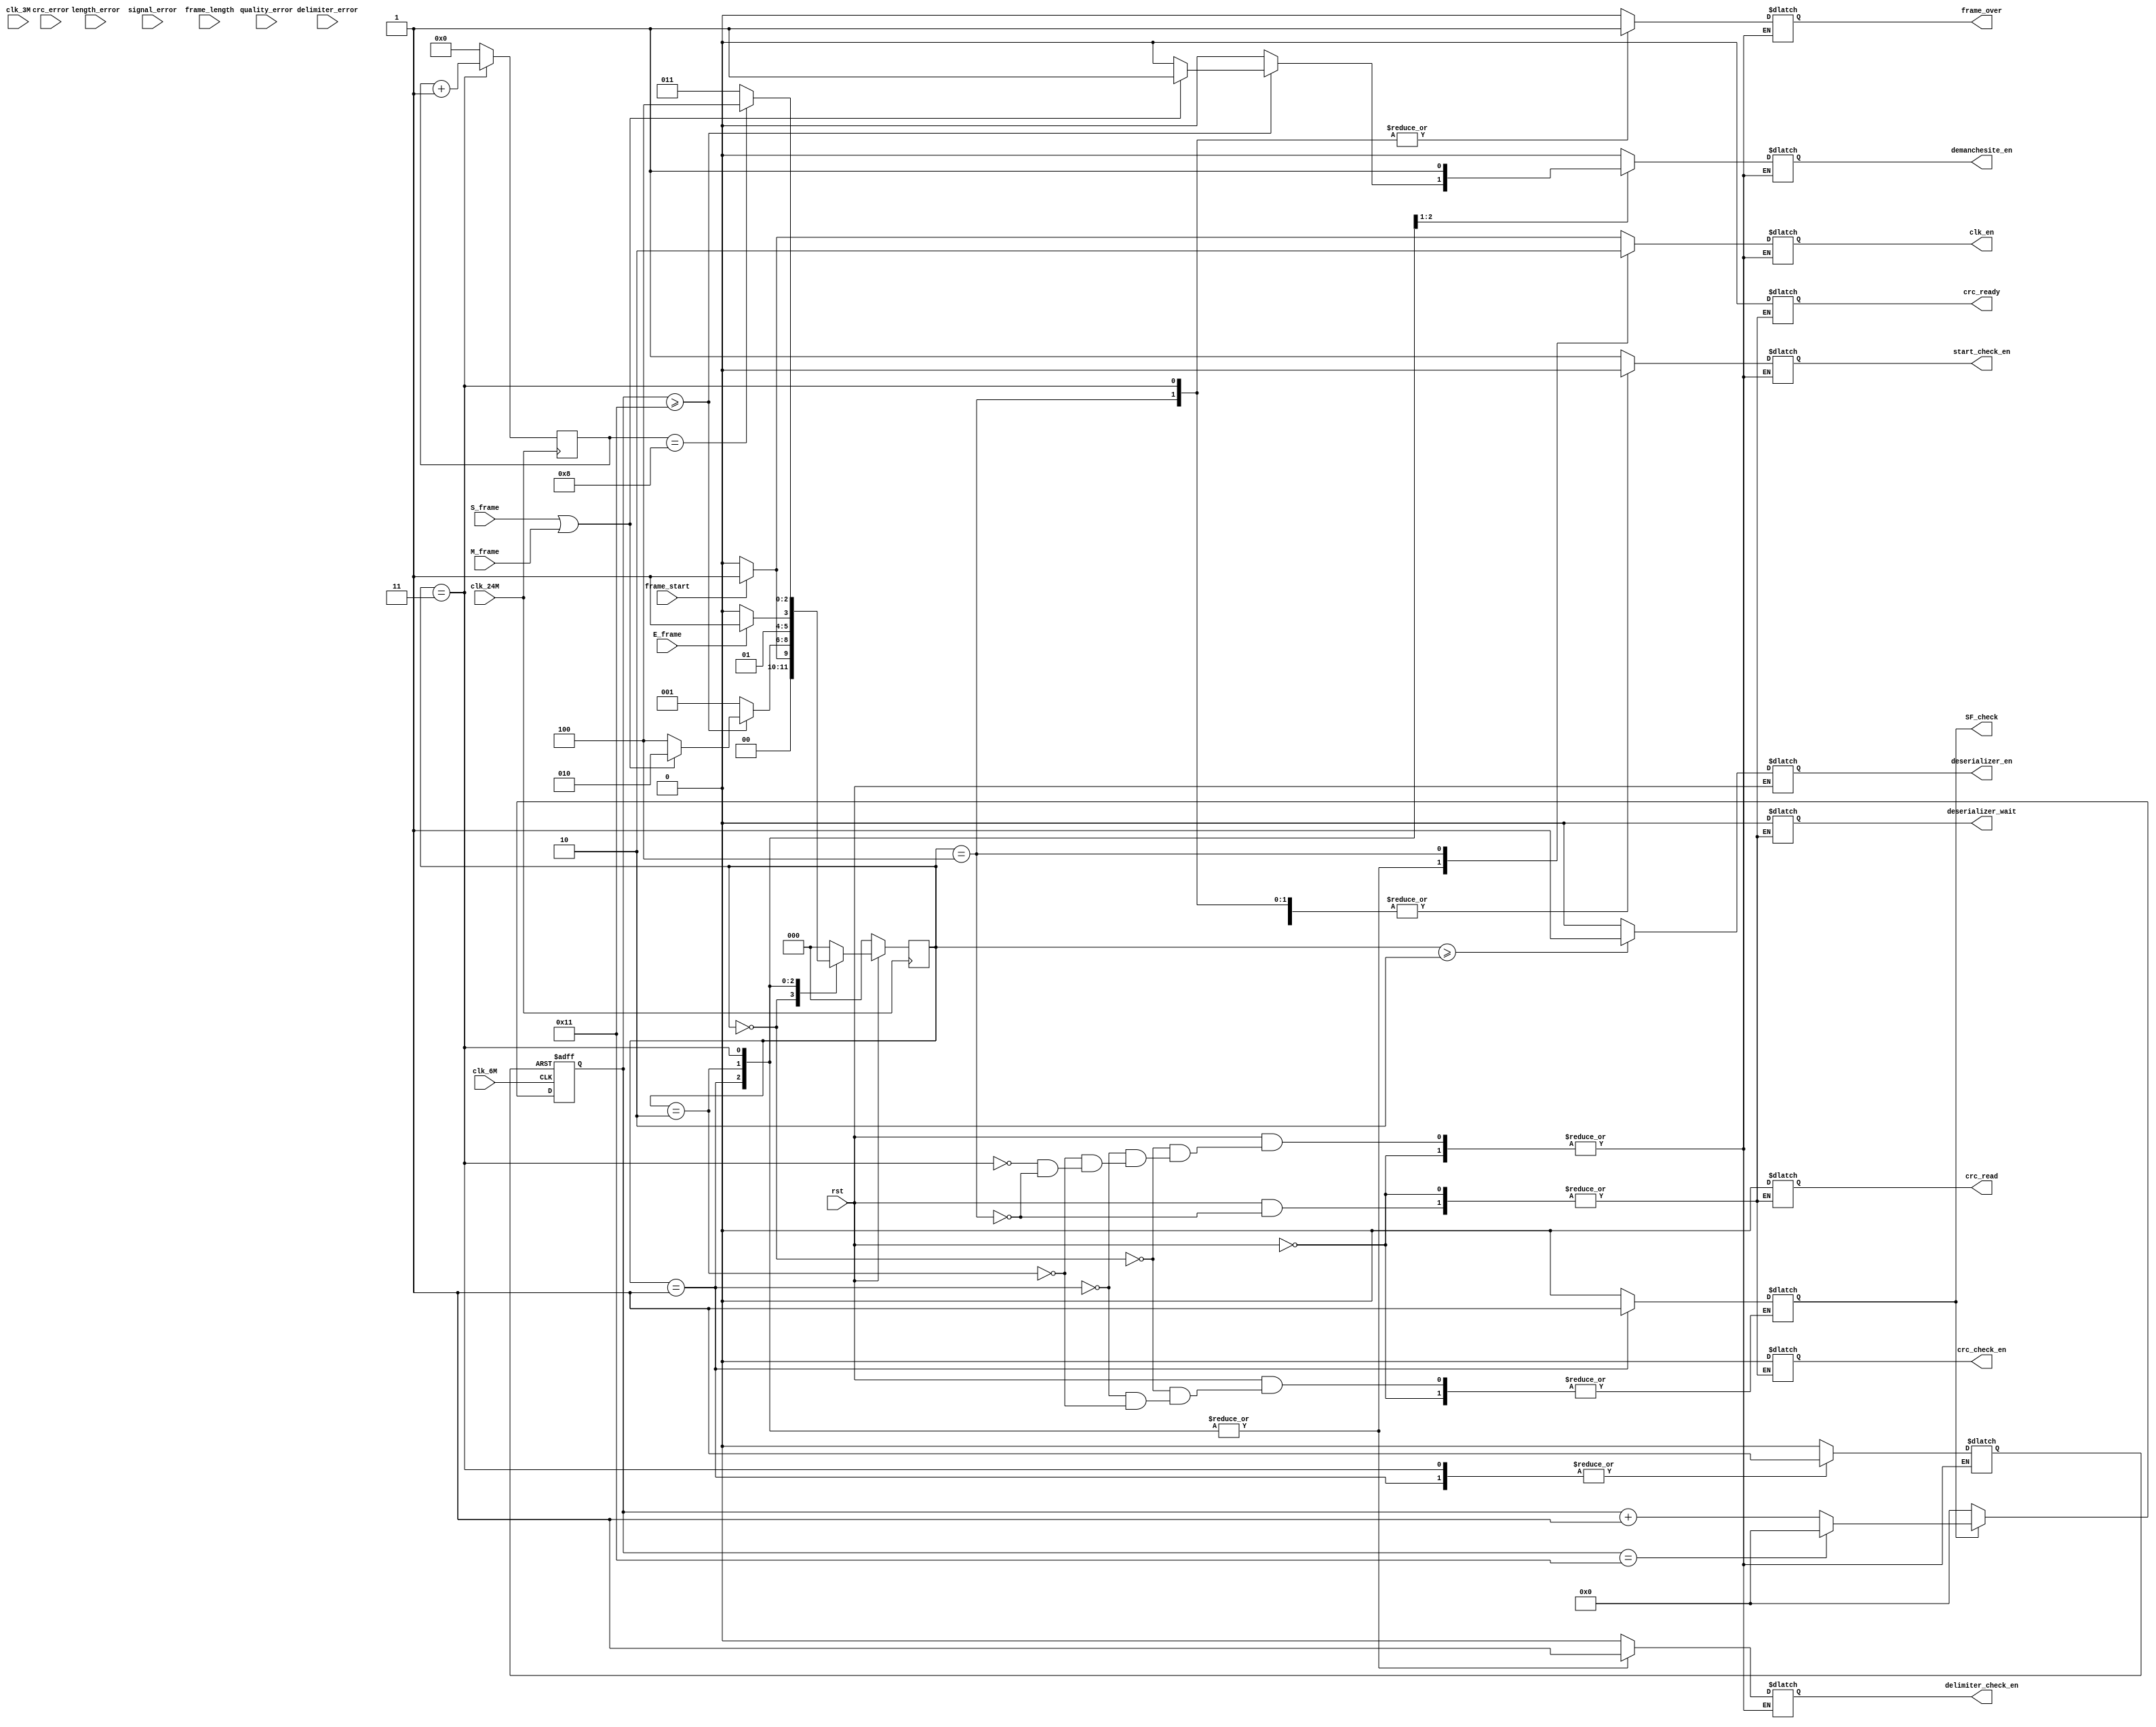
`timescale 1ns / 1ps
//////////////////////////////////////////////////////////////////////////////////
// Company: 
// Engineer: 
// 
// Design Name: 
// Module Name: decode_ctr
// Project Name: 
// Target Devices: 
// Tool Versions: 
// Description: 
// 
// Dependencies: 
// 
// Revision:
// Revision 0.01 - File Created
// Additional Comments:
// 
//////////////////////////////////////////////////////////////////////////////////


module decode_ctr(
            input           clk_24M,                //24M
            input           clk_6M,                 //6M
            input           clk_3M,                 //3M
            input           rst,                    //
            input           frame_start,            //
            input           S_frame,                //
            input           M_frame,                //
            input           E_frame,                //
            input           delimiter_error,        //
            input           crc_error,              //crc
            input           length_error,           //
            input           signal_error,           //
            input           quality_error,          //
            input [4:0]     frame_length,           //
				output  reg		 SF_check,
            output  reg     clk_en,                //
            output  reg     start_check_en,         //
            output  reg     delimiter_check_en,     //
            output  reg     deserializer_en,        //
            output  reg     deserializer_wait,      //
            output  reg     crc_ready,              //CRC
            output  reg     crc_read,               //CRC
            output  reg     crc_check_en,           //CRC
            output  reg     demanchesite_en,        //
            output  reg     frame_over              //
    );
    
    parameter IDEL=3'b000;                  //
    parameter CHECK_DELIMITER=3'b001;       //
    parameter GET_DATA=3'b010;              //
    parameter CHECK_END=3'b011;             //
    parameter END=3'b100;                   //
    
    reg[2:0]    current_state;
    reg[2:0]    next_state;
    reg[4:0]    frame_length_reg;
    reg         delimiter_count_en=1'b0;

    
    reg[4:0]    delimiter_counter=5'h0;
    reg[3:0]    crc_counter=4'h0;
	 reg[3:0]	 wait_counter;
    
    
    always @(posedge clk_6M or negedge delimiter_count_en)begin
        if(delimiter_count_en==1'b0)begin
            delimiter_counter<=5'h0;
        end else begin
            delimiter_counter<=delimiter_counter+1;
            if(SF_check==1'b0)begin
                    delimiter_counter<=5'h0;
            end else if(delimiter_counter==5'h11)begin
                delimiter_counter<=5'h0;
            end
        end
    end
    

    

    
	 always @(posedge clk_24M)begin
		if(current_state==CHECK_END)begin
			wait_counter<=wait_counter+1;
		end else begin
			wait_counter<=4'h0;
		end
	 end
	 
    always @(posedge clk_24M) begin
        if(rst==1'b0)begin
            current_state<=IDEL;
        end else begin
            current_state<=next_state;
        end
    end
    
    always @(posedge clk_24M)begin
        if(rst==1'b0) begin
            frame_length_reg<=4'h0;
        end else if(M_frame==1'b1)begin
            frame_length_reg<=4'h1;
        end else if(S_frame==1'b1)begin
            frame_length_reg<=frame_length;
        end else begin
            frame_length_reg<=frame_length_reg;
        end
    end
    

	 
    always @(*) begin
        if(rst==1'b0) begin
            next_state<=IDEL;
        end else begin
            case(current_state) 
                IDEL:   begin
                    start_check_en<=1'b1;
                    delimiter_check_en<=1'b0;
                    deserializer_en<=1'b0;
                    demanchesite_en<=1'b0;
                    delimiter_count_en<=1'b0;
						  SF_check<=1'b0;
                    frame_over<=1'b0;
                    clk_en<=1'b0;
                    if(frame_start==1'b1)begin
                        clk_en<=1'b1;
                        next_state<=CHECK_DELIMITER;
                    end else begin
                        next_state<=IDEL;
                    end
                end
                
                CHECK_DELIMITER:begin
                    start_check_en<=1'b0;
                    delimiter_check_en<=1'b1;
						  SF_check<=1'b1;
                    delimiter_count_en<=1'b1;
                    deserializer_en<=1'b0;
                    demanchesite_en<=1'b0;
                    frame_over<=1'b0;
                    clk_en<=1'b1;
                    if(delimiter_counter>=5'h11)begin
                        if(S_frame==1'b1||M_frame==1'b1)begin
                            demanchesite_en<=1'b1;
                            next_state<=GET_DATA;
                        end else if(delimiter_error==1'b1)begin
                            next_state<=END;
                        end else begin
                            next_state<=END;
                        end
                    end else begin
                        next_state<=CHECK_DELIMITER;
                    end
                end
                
                GET_DATA:begin
                    start_check_en<=1'b0;
						  SF_check<=1'b0;
                    delimiter_check_en<=1'b1;
                    delimiter_count_en<=1'b0;
                    demanchesite_en<=1'b1;
                    delimiter_count_en<=1'b0;
                    frame_over<=1'b0;
                    clk_en<=1'b1;
                    deserializer_en<=1'b1;
						  if(E_frame==1'b1)begin
								next_state<=CHECK_END;
						  end else begin
								next_state<=GET_DATA;
						  end
							
                end
                
              
                
                CHECK_END:begin
                    start_check_en<=1'b0;
                    delimiter_check_en<=1'b1;
                    delimiter_count_en<=1'b1;
                    //frame_end<=1'b1;
                    demanchesite_en<=1'b0;
                    deserializer_en<=1'b0;
                    clk_en<=1'b1;
                    frame_over<=1'b1;
						  if(wait_counter==4'h8)begin
								next_state<=END;
						  end else begin
								next_state<=CHECK_END;
						  end
                end
                
                END:begin
                    start_check_en<=1'b0;
                    delimiter_check_en<=1'b0;
                    delimiter_count_en<=1'b0;
                    //frame_end<=1'b0;
                    crc_check_en<=1'b0;
                    crc_ready<=1'b0;
                    crc_read<=1'b0;
                    clk_en<=1'b0;
						  frame_over<=1'b1;
                    demanchesite_en<=1'b0;
                    deserializer_en<=1'b0;
                    deserializer_wait<=1'b0;
                    next_state<=IDEL;
                end
                
                default:begin
                    next_state<=IDEL;
                end
                
            endcase
				if(current_state>=GET_DATA)begin
					deserializer_en<=1'b1;
				end else begin
					deserializer_en<=1'b0;
				end
        end
    end
    
    
endmodule